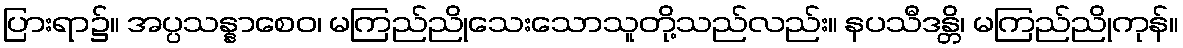
ပြားရာ၌။ အပ္ပသန္နာစေဝ၊ မကြည်ညိုသေးသောသူတို့သည်လည်း။ နပသီဒန္တိ၊ မကြည်ညိုကုန်။